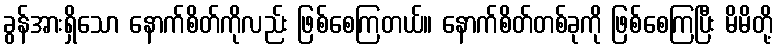
ခွန်အားရှိသော နောက်စိတ်ကိုလည်း ဖြစ်စေကြတယ်။ နောက်စိတ်တစ်ခုကို ဖြစ်စေကြပြီး မိမိတို့